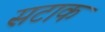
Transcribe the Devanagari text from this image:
सटाक